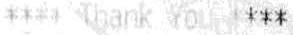
**** THANK YOU ****